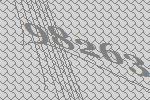
98263